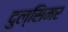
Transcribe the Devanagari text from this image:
दुल्सिमर